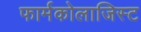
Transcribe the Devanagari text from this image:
फार्मकोलाजिस्ट